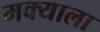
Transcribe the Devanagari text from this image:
मक्याला